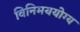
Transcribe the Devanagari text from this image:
विनिमययोग्य